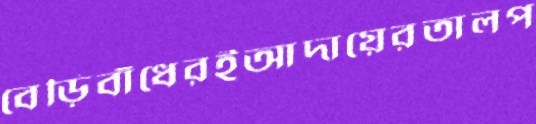
বেড়িবাঁধেরইআদায়েরতালপ